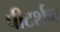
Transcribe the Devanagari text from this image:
पीटर्शन